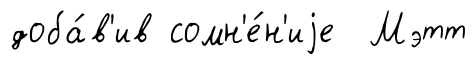
доба́в'ив сомн'е́н'иjе Мэтт